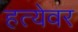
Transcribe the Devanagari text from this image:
हत्येवर